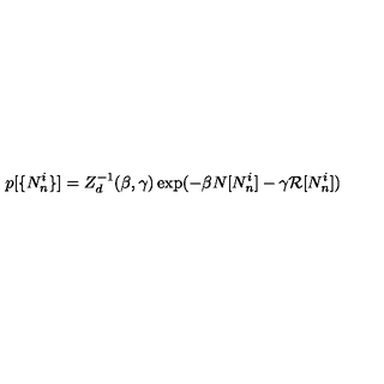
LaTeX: p [ \{ N _ { n } ^ { i } \} ] = Z _ { d } ^ { - 1 } ( \beta , \gamma ) \exp ( - \beta N [ N _ { n } ^ { i } ] - \gamma { \cal R } [ N _ { n } ^ { i } ] )